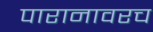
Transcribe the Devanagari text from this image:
पारानावरच